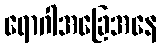
ရောဂါအခြေအနေ